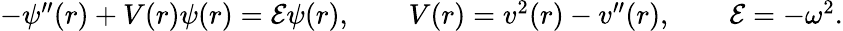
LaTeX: \begin{array}{r}{-\psi^{\prime\prime}(r)+V(r)\psi(r)={\cal E}\psi(r),\qquad V(r)=v^{2}(r)-v^{\prime\prime}(r),\qquad{\cal E}=-\omega^{2}.}\end{array}